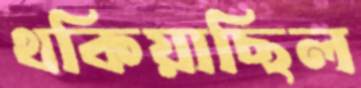
থকিয়াছিল